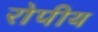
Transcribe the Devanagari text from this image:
रोपीय